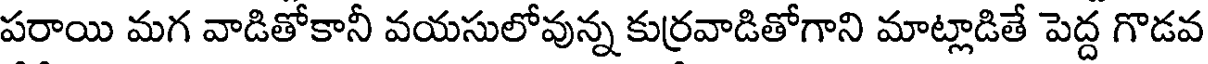
పరాయి మగ వాడితోకానీ వయసులోవున్న కుర్రవాడితోగాని మాట్లాడితే పెద్ద గొడవ